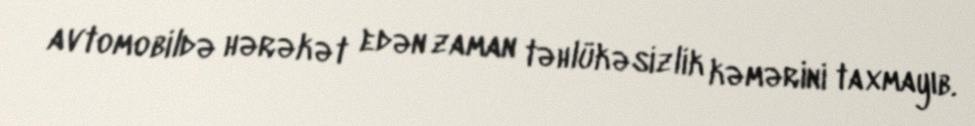
avtomobildə hərəkət edən zaman təhlükəsizlik kəmərini taxmayıb.